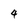
Character: 4